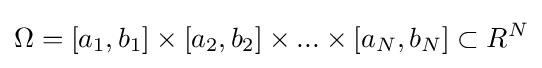
\Omega =[a_{1},b_{1}]\times [a_{2},b_{2}]\times ...\times [a_{N},b_{N}]\subset R^{N}